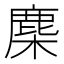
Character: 䴢